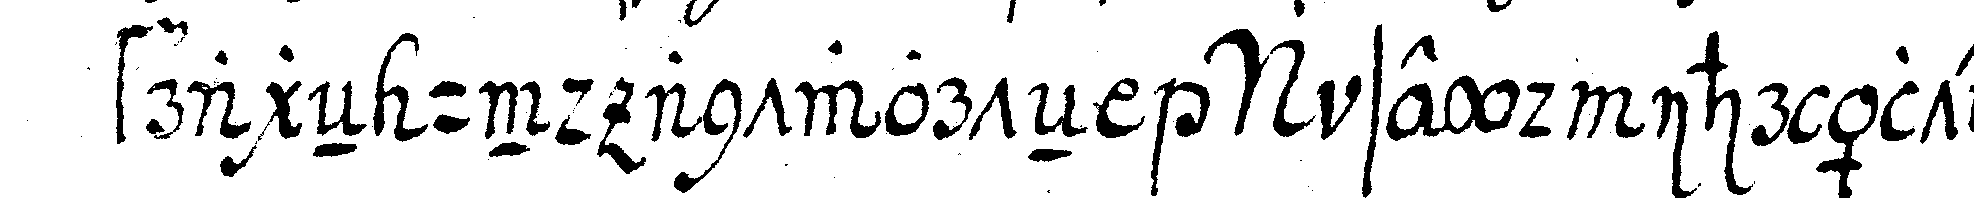
frageN und antworteN  seyd ihr ältester